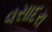
વસાદરા